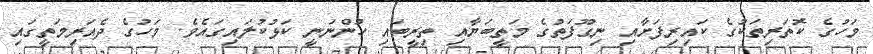
މަހުގެ ކޮތަރިތަކުގެ ކައިރިފަށާއި ނިގޫފަތުގެ މަތީބަޔާއި ތިރީބައި ހުންނަނީ ކަޅުކުލައިގައެވެ. މަހުގެ ދެއަރިމަތީގައި